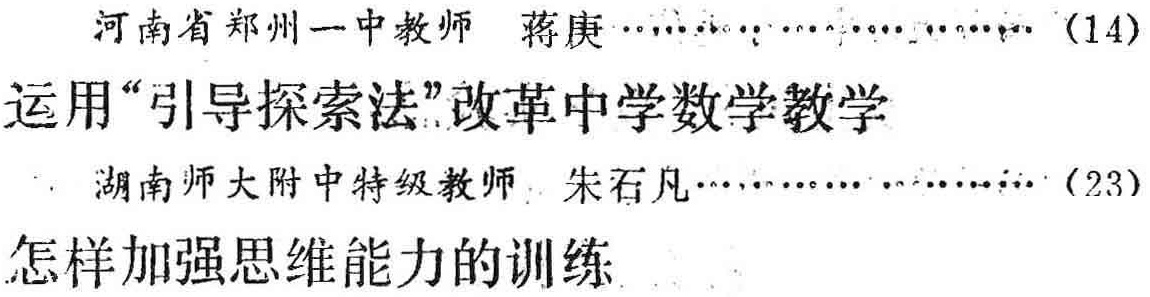
河南省郑州一中教师 蒋庚……………………… (14)

运用“引导探索法”改革中学数学教学

湖南师大附中特级教师 朱石凡……………………… (23)

怎样加强思维能力的训练